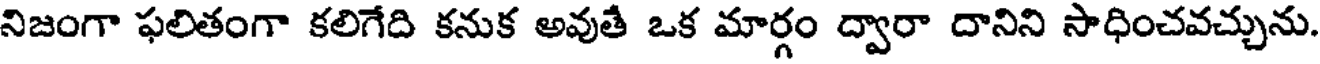
నిజంగా ఫలితంగా కలిగేది కనుక అవుతే ఒక మార్గం ద్వారా దానిని సాధించవచ్చును.